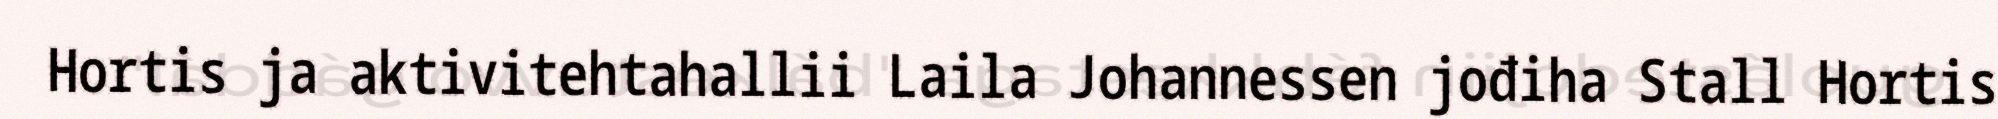
Hortis ja aktivitehtahallii Laila Johannessen jođiha Stall Hortis